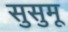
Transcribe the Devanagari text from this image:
सुसुमू